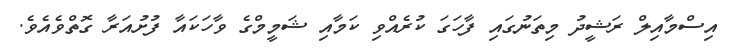
އިސްމާއިލް ރަޝީދު މިތަނުގައި ފާހަގަ ކުރެއްވި ކަމާއި ޝަމީމްގެ ވާހަކައާ ފުށުއަރާ ގޮތްވެއެވެ.